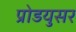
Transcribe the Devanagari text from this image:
प्रोडयुसर